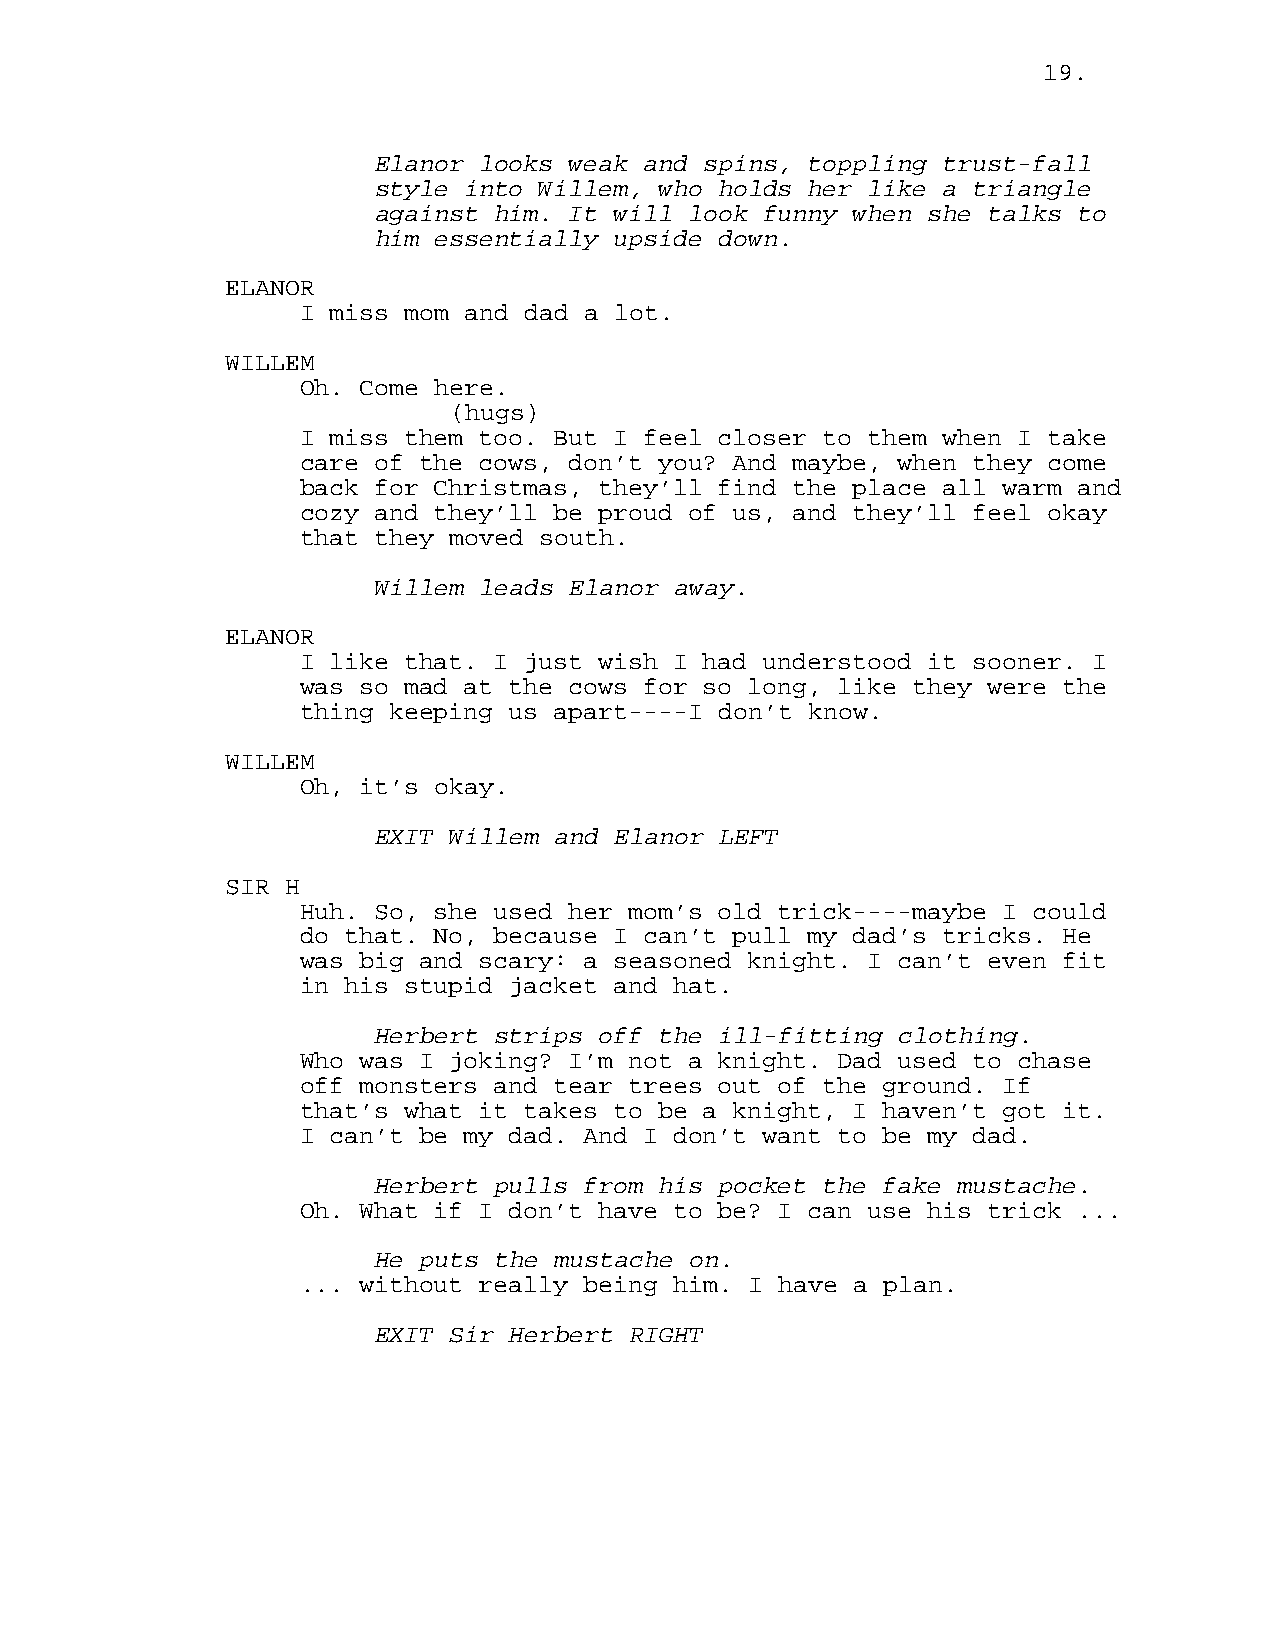
19.
 Elanor looks weak and spins, toppling trust-fall
 style into Willem, who holds her like a triangle
 against him. It will look funny when she talks to
 him essentially upside down.
 ELANOR
 I miss mom and dad a lot.
 WILLEM
 Oh. Come here.
 (hugs)
 I miss them too. But I feel closer to them when I take
 care of the cows, don’t you? And maybe, when they come
 back for Christmas, they’ll find the place all warm and
 cozy and they’ll be proud of us, and they’ll feel okay
 that they moved south.
 Willem leads Elanor away.
 ELANOR
 I like that. I just wish I had understood it sooner. I
 was so mad at the cows for so long, like they were the
 thing keeping us apart----I don’t know.
 WILLEM
 Oh, it’s okay.
 EXIT Willem and Elanor LEFT
 SIR H
 Huh. So, she used her mom’s old trick----maybe I could
 do that. No, because I can’t pull my dad’s tricks. He
 was big and scary: a seasoned knight. I can’t even fit
 in his stupid jacket and hat.
 Herbert strips off the ill-fitting clothing.
 Who was I joking? I’m not a knight. Dad used to chase
 off monsters and tear trees out of the ground. If
 that’s what it takes to be a knight, I haven’t got it.
 I can’t be my dad. And I don’t want to be my dad.
 Herbert pulls from his pocket the fake mustache.
 Oh. What if I don’t have to be? I can use his trick ...
 He puts the mustache on.
 ... without really being him. I have a plan.
 EXIT Sir Herbert RIGHT